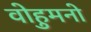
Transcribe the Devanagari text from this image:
वोहुमनो